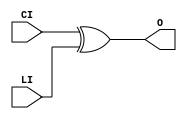
// $Header: /devl/xcs/repo/env/Databases/CAEInterfaces/verunilibs/data/unisims/XORCY.v,v 1.6 2007/05/23 21:43:44 patrickp Exp $
///////////////////////////////////////////////////////////////////////////////
// Copyright (c) 1995/2004 Xilinx, Inc.
// All Right Reserved.
///////////////////////////////////////////////////////////////////////////////
//   ____  ____
//  /   /\/   /
// /___/  \  /    Vendor : Xilinx
// \   \   \/     Version : 10.1
//  \   \         Description : Xilinx Functional Simulation Library Component
//  /   /                  XOR for Carry Logic with General Output
// /___/   /\     Filename : XORCY.v
// \   \  /  \    Timestamp : Thu Mar 25 16:43:42 PST 2004
//  \___\/\___\
//
// Revision:
//    03/23/04 - Initial version.
//    05/23/07 - Changed timescale to 1 ps / 1 ps.

`timescale  1 ps / 1 ps


module XORCY (O, CI, LI);

    output O;

    input  CI, LI;

	xor X1 (O, CI, LI);


endmodule